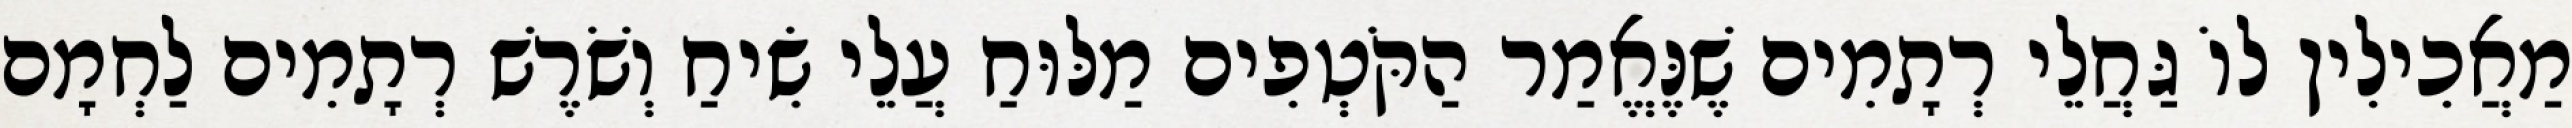
מַאֲכִילִין לוֹ גַּחֲלֵי רְתָמִים שֶׁנֶּאֱמַר הַקֹּטְפִים מַלּוּחַ עֲלֵי שִׂיחַ וְשֹׁרֶשׁ רְתָמִים לַחְמָם